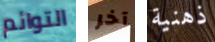
التوائم آخر ذهنية